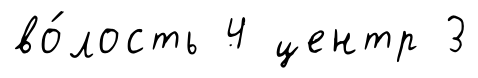
во́лость 4 центр 3